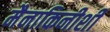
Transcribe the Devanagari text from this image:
मैनाकिनीशी